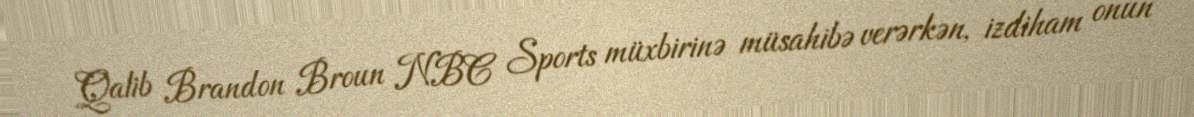
Qalib Brandon Broun NBC Sports müxbirinə müsahibə verərkən, izdiham onun